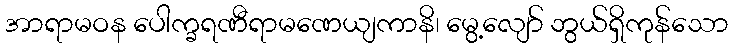
အာရာမဝန ပေါက္ခရဏီရာမဏေယျကာနိ၊ မွေ့လျော် ဘွယ်ရှိကုန်သော